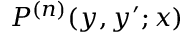
P ^ { ( n ) } ( y , y ^ { \prime } ; x )